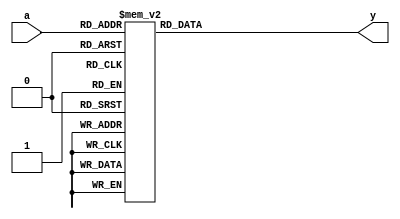
module seven_seg(a,y);
    input[3:0]a;
    output reg[6:0]y;
    always @(a)
   case(a)
    0: y=7'b1111110;
    1: y=7'b0110000;
    2: y=7'b1101101;
    3: y=7'b1111001;
    4: y=7'b0110011;
    5: y=7'b1011011;
    6: y=7'b1011111;
    7: y=7'b1110000;
    8: y=7'b1111111;
    9: y=7'b1111011;
    default: y=7'bx;
    endcase
      
endmodule